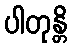
ပါတုန္တိ